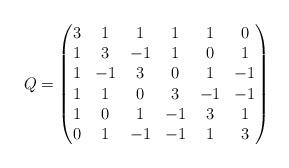
LaTeX: \begin{align*}Q=\begin{pmatrix} 3 & 1 & 1 & 1 & 1 & 0 \\ 1 & 3 & -1 & 1 & 0 & 1 \\ 1 & -1 & 3 & 0 & 1 & -1\\ 1 & 1 & 0 & 3 & -1 & -1 \\ 1 & 0 & 1 & -1 & 3 & 1 \\ 0 & 1 & -1 & -1 & 1 & 3 \end{pmatrix}\end{align*}